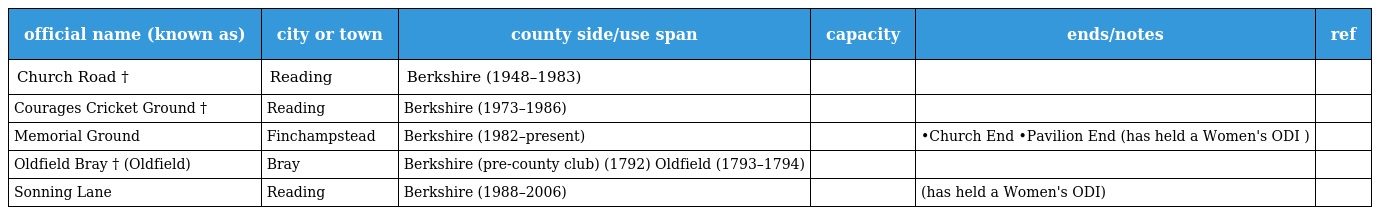
| official name (known as) | city or town | county side/use span | capacity | ends/notes | ref |
 | --- | --- | --- | --- | --- | --- |
 | Church Road † | Reading | Berkshire (1948–1983) |  |  |  |
 | Courages Cricket Ground † | Reading | Berkshire (1973–1986) |  |  |  |
 | Memorial Ground | Finchampstead | Berkshire (1982–present) |  | •Church End •Pavilion End (has held a Women's ODI ) |  |
 | Oldfield Bray † (Oldfield) | Bray | Berkshire (pre-county club) (1792) Oldfield (1793–1794) |  |  |  |
 | Sonning Lane | Reading | Berkshire (1988–2006) |  | (has held a Women's ODI) |  |